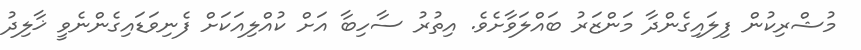
މުޝްރިކުން ފިލައިގެންދާ މަންޒަރު ބައްލަވާށެވެ. އިތުރު ސާހިބާ އަށް ކުއްލިއަކަށް ފެނިވަޑައިގެންނެވީ ޚާލިދު